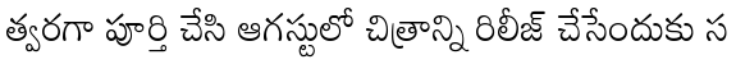
త్వరగా పూర్తి చేసి ఆగస్టులో చిత్రాన్ని రిలీజ్ చేసేందుకు స